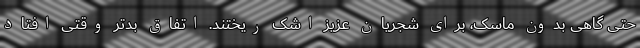
حتی گاهی بدون ماسک، برای شجریان عزیز اشک ریختند. اتفاق بدتر وقتی افتاد